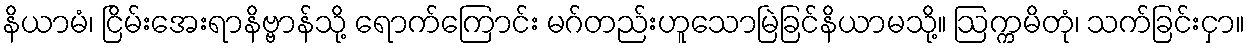
နိယာမံ၊ ငြိမ်းအေးရာနိဗ္ဗာန်သို့ ရောက်ကြောင်း မဂ်တည်းဟူသောမြဲခြင်နိယာမသို့။ ဩက္ကမိတုံ၊ သက်ခြင်းငှာ။